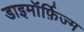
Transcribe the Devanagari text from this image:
डाइमॉर्फ़िज्म